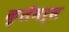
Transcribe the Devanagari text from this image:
क़्लैमर्स